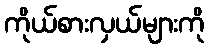
ကိုယ်စားလှယ်များကို